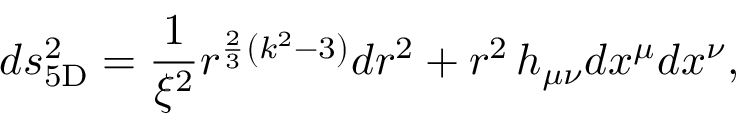
d s _ { \mathrm { 5 D } } ^ { 2 } = { \frac { 1 } { \xi ^ { 2 } } } r ^ { { \frac { 2 } { 3 } } \left( k ^ { 2 } - 3 \right) } d r ^ { 2 } + r ^ { 2 } \, h _ { \mu \nu } d x ^ { \mu } d x ^ { \nu } ,